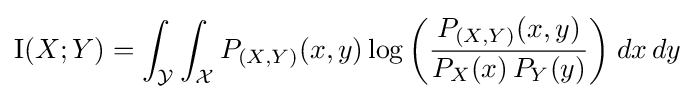
\operatorname {I} (X;Y)=\int _{\mathcal {Y}}\int _{\mathcal {X}}{P_{(X,Y)}(x,y)\log {\left({\frac {P_{(X,Y)}(x,y)}{P_{X}(x)\,P_{Y}(y)}}\right)}}\;dx\,dy